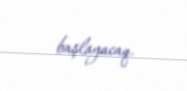
başlayacaq.